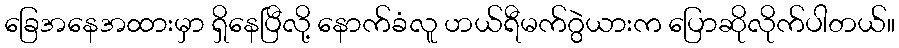
ခြေအနေအထားမှာ ရှိနေပြီလို့ နောက်ခံလူ ဟယ်ရီမက်ဂွဲယားက ပြောဆိုလိုက်ပါတယ်။